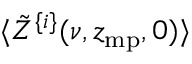
\langle \tilde { Z } ^ { \{ i \} } ( \nu , z _ { \mathrm { m p } } , 0 ) \rangle